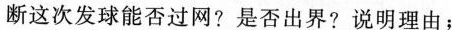
断这次发球能否过网?是否出界?说明理由；